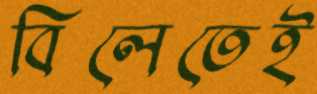
বিলেতেই